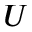
U